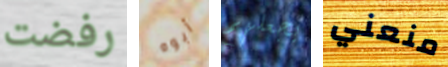
رفضت أبوه يجعلهم منعني